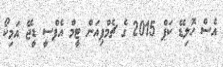
އެސް ހޮލިޑޭ ކަޕް 2015 ގެ ޗެމްޕިއަން ޓީމް އެފްސީ ޑީޖޭ އަމިކޯ